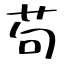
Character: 苟